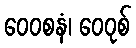
ဝေဝစနံ၊ ဝေဝုစ်